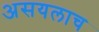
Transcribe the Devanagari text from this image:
असयलाच